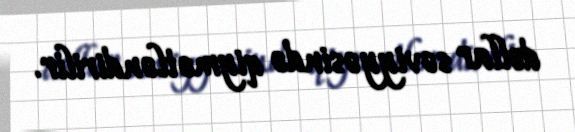
dollar səviyyəsində qiymətləndirilir.